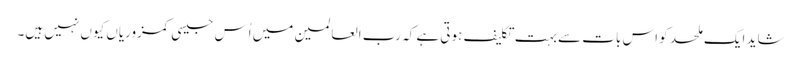
شاید ایک ملحد کو اس بات سے بہت تکلیف ہوتی ہے کہ رب العالمین میں اُس جیسی کمزوریاں کیوں نہیں ہیں۔